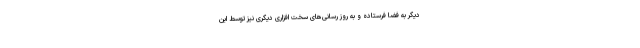
دیگر به فضا فرستاده و به روز رسانی‌های سخت افزاری دیگری نیز توسط این